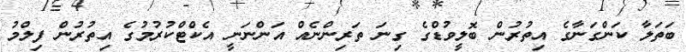
ބަތަލާ ކަންގަނާގެ އިތުރުން ބޮލީވުޑްގެ ގިނަ ތަރިންނެއް އަންނަނީ އެކްޓްކުރުމުގެ އިތުރުން ފިލްމު